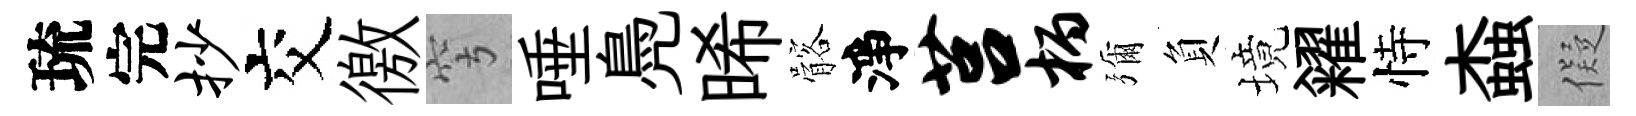
琉完抄交徼穹唾鳧晞髂淨莒柄彌負境糴恃螙儗